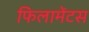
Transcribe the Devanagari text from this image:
फिलामेंटस